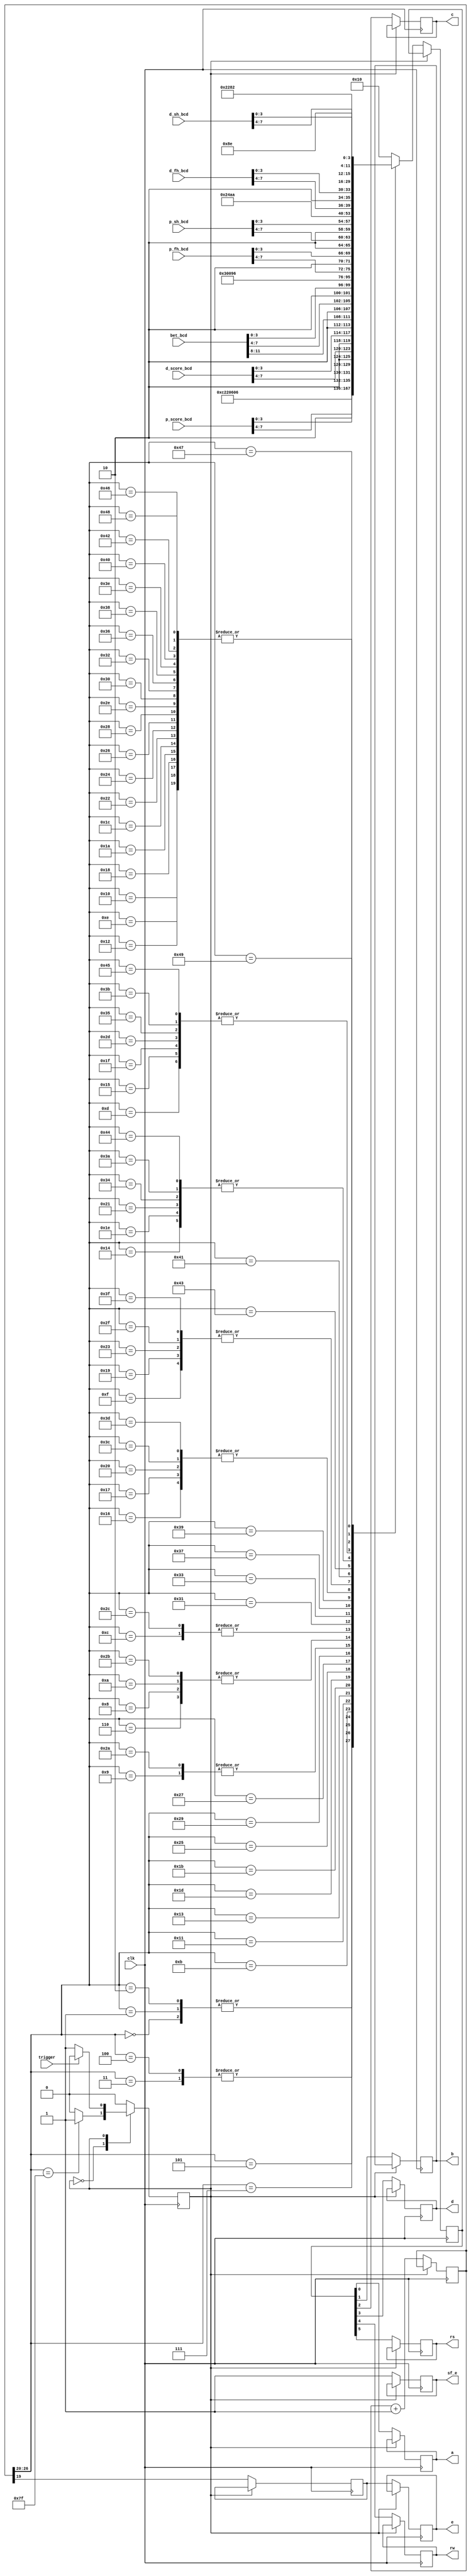
`timescale 1ns / 1ps

// Company: Alchemax
// TestLCD.v test LCD of Spartan e+ board, XCS500E model, 320-pin package 
// Additional Comments: https://www.youtube.com/watch?v=lQ6YKQt6Rz4


// dodat jos inpute za brojeve i promjenit ih u ascii dolje u caseu
module lcd( clk, p_score_bcd, d_score_bcd, p_fh_bcd, p_sh_bcd, d_fh_bcd, d_sh_bcd,
 bet_bcd, sf_e, e, rs, rw, d, c, b, a, trigger );

	 input trigger;
	 input [15:0] p_score_bcd, d_score_bcd, p_fh_bcd, p_sh_bcd, d_fh_bcd, d_sh_bcd, bet_bcd;
	 input clk; // pin C9 is the 50-MHz on-board clock
	 output reg sf_e; // 1 LCD access (0 StrataFlash access)
	 output reg e; // enable (1)
	 output reg rs; // Register Select (1 data bits for R/W)
	 output reg rw; // Read/Write, 1/0
	 output reg d; // 4th data bits (to from a nibble)
	 output reg c; // 3rd data bits (to from a nibble)
	 output reg b; // 2nd data bits (to from a nibble)
	 output reg a; // 1st data bits (to from a nibble)
	
	
	reg [ 26 : 0 ] count = 0;	// 27-bit count, 0-(128M-1), over 2 secs
	reg [ 5 : 0 ] code;			// 6-bit different signals to give out
	reg refresh;					// refresh LCD rate @ about 25Hz
	reg st = 0;
	
	always @ (posedge clk) begin
	case(st)
	0: begin
		count <= count +1;

		// mislim da mogu smanjiti i na 26:18 onda dolje 17 u refresh
		case ( count[ 26 : 20 ] )	// as top 6 bits change
// power-on init can be carried out before this loop to avoid the flickers
			0: code <= 6'h03;			// power-on init sequence
			1: code <= 6'h03;			// this is needed at least once
			2: code <= 6'h03;			// when LCD's powered on
			3: code <= 6'h02;			// it flickers existing char display
			
// Table 5-3, Function Set
// send 00 and upper nibble 0010, then 00 and lower nibble 10xx
			4: code <= 6'h02;			// Function Set, upper nibble 0010
			5: code <= 6'h08;			// lower nibble 1000 (10xx)
			
// Table 5-3, Entry Mode
// send 00 and upper nibble 0000, then 00 and lower nibble 0 1 I/D S
// last 2 bits of lower nibble: I/D bit (Incr 1, Decr 0), S bit (Shift 1, 0 no)
			6: code <= 6'h00; 		// see table, upper nibble 0000, then lower nibble:
			7: code <= 6'h06;			//  0110: Incr, Shift disabled
			
// Table 5-3, Display On/Off
// send 00 and upper nibble 0000, then 00 and lower nibble 1DCB:
// D: 1, show char represented by code in DDR, 0 don't, but code remains
// C: 1, show cursor, 0 don't
// B: 1, cursor blinks (if shown), 0 don't blink (if shown)
			8: code <= 6'h00;			// Display On/Off, upper nibble 0000
			9: code <= 6'h0C;			// lower nibble 1100 (1 D C B)
			
// Table 5-3 Clear Display, 00 and upper nibble 0000, 00 and lower nibble 0001
			10: code <= 6'h00;		// Clear Display, 00 and upper nibble 0000
			11: code <= 6'h01;		// then 00 and lower nibble 0001

// Characters are then given out, the cursor will advance to the right
// Table 5-3, Write Data to DD RAM (or CG RAM)
// Fig 5-4, 'H,' send 10 and upper nibble 0100, then 10 and lower nibble 1000
			12: code <= 6'h25;		// 'P' high nibble
			13: code <= 6'h20;		// 'P' low nibble
			14: code <= 6'h23;		// :
			15: code <= 6'h2A;
			16: code <= 6'h23;		// first dig
			17: code <= {2'h2,p_score_bcd[7:4]};
			18: code <= 6'h23;		// second dig
			19: code <= {2'h2,p_score_bcd[3:0]};
			20: code <= 6'h22;		// razmak
			21: code <= 6'h20;
			22: code <= 6'h24;		// D
			23: code <= 6'h24;
			24: code <= 6'h23;		// :
			25: code <= 6'h2A;
			26: code <= 6'h23;		// first dig
			27: code <= {2'h2,d_score_bcd[7:4]};
			28: code <= 6'h23;		// second dig
			29: code <= {2'h2,d_score_bcd[3:0]};
			30: code <= 6'h22;		// razmak
			31: code <= 6'h20;	
			32: code <= 6'h24;		// B
			33: code <= 6'h22;	
			34: code <= 6'h23;		// :
			35: code <= 6'h2A;	
			36: code <= 6'h23;		// first dig
			37: code <= {2'h2,bet_bcd[11:8]};
			38: code <= 6'h23;		// second dig
			39: code <= {2'h2,bet_bcd[7:4]};
			40: code <= 6'h23;		// third dig
			41: code <= {2'h2,bet_bcd[3:0]};

// Table 5-3, Set DD RAM (DDR) Address
// position the cursor onto the start of the 2nd line
// send 00 and upper nibble 1???, ??? is the highest 3 bits of the DDR
// address to move the cursor to, then 00 and lower 4 bits of the addr
// so ??? is 100 and then 0000 for h40
			42: code <= 6'b001100;	// pos cursor to 2nd line upper nibble h40 (...)
			43: code <= 6'b000000;	// lower nibble: h0
			
// Characters are then given out, the cursor will advance to the right
			44: code <= 6'h25;		// 'P' high nibble
			45: code <= 6'h20;		// 'P' low nibble
			46: code <= 6'h23;		// :
			47: code <= 6'h2A;
			48: code <= 6'h23;		// first dig - prvi broj
			49: code <= {2'h2,p_fh_bcd[7:4]};
			50: code <= 6'h23;		// second dig
			51: code <= {2'h2,p_fh_bcd[3:0]};
			52: code <= 6'h22;		// razmak
			53: code <= 6'h20;
			54: code <= 6'h23;		// first dig - drugi broj
			55: code <= {2'h2,p_sh_bcd[7:4]};
			56: code <= 6'h23;		// second dig
			57: code <= {2'h2,p_sh_bcd[3:0]};
			58: code <= 6'h22;		// razmak
			59: code <= 6'h20;
			60: code <= 6'h24;		// D
			61: code <= 6'h24;
			62: code <= 6'h23;		// :
			63: code <= 6'h2A;
			64: code <= 6'h23;		// first dig - prvi broj
			65: code <= {2'h2,d_fh_bcd[7:4]};
			66: code <= 6'h23;		// second dig
			67: code <= {2'h2,d_fh_bcd[3:0]};
			68: code <= 6'h22;		// razmak
			69: code <= 6'h20;
			70: code <= 6'h23;		// first dig - drugi broj
			71: code <= {2'h2,d_sh_bcd[7:4]};
			72: code <= 6'h23;		// second dig
			73: code <= {2'h2,d_sh_bcd[3:0]};			
// Table 5-3, Read Busy Flag and Address
// send 01 BF (Busy Flag) x x x, then 01xxxx
// idling
			default: code <= 6'h10;

		endcase

// refresh (enable) the LCD when
// (it flips when counted upto 2M, and flips again after another 2M)
			refresh <= count[ 19 ]; // flip rate almost 25 (50Mhz / 2^21-2M)
			sf_e <= 1;
			{ e, rs, rw, d, c, b, a } <= { refresh, code };
			if(count[26:20]==127)
			st<=1;
			end
			
			1: begin
			if(trigger)
			st<=0;
			end
		endcase
	end // always

endmodule